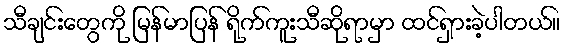
သီချင်းတွေကို မြန်မာပြန် ရိုက်ကူးသီဆိုရာမှာ ထင်ရှားခဲ့ပါတယ်။